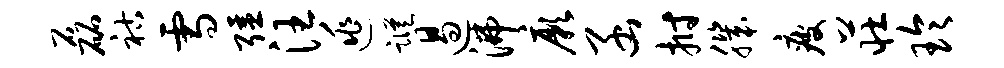
磊祜雪强汪逃踪遏沸厥函拊肌疲庄玲